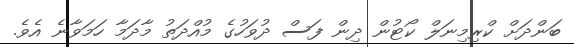
ބަންދަށް ކްރިމިނަލް ކޯޓުން ދިން ފަސް ދުވަހުގެ މުއްދަތު މާދަމާ ހަމަވާނެ އެވެ.